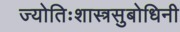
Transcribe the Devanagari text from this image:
ज्योतिःशास्त्रसुबोधिनी